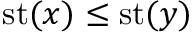
\operatorname { s t } ( x ) \leq \operatorname { s t } ( y )